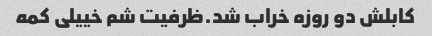
کابلش دو روزه خراب شد.ظرفیت شم خییلی کمه